Plague in India, 1896, 1897 - Volume 1
Year: 1896
Disease focus: Plague
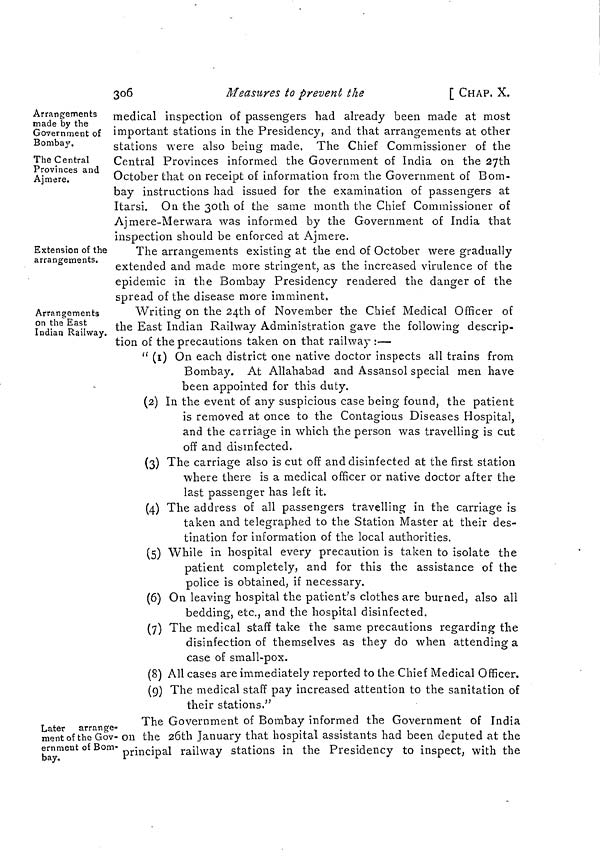
3o6
Measures to prevent the
[ CHAP, X.
Arrangements
made by the
Government of
Bombay.
The Central
Provinces and
Ajmere.
medical inspection of passengers had already been made at most
important stations in the Presidency, and that arrangements at other
stations were also being made, The Chief Commissioner of the
Central Provinces informed the Government of India 011 the 27th
October that on receipt of information from the Government of Bom-
bay instructions had issued for the examination of passengers at
Itarsi. On the 30th of the same month the Chief Commissioner of
Ajmere-Merwara was informed by the Government of India that
inspection should be enforced at Ajmere.
Extension of the
arrangements.
The arrangements existing at the end of October were gradually
extended and made more stringent, as the increased virulence of the
epidemic in the Bombay Presidency rendered the danger of the
spread of the disease more imminent.
Arrangements
on the East
Indian Railway.
Writing on the 24th of November the Chief Medical Officer of
the East Indian Railway Administration gave the following descrip-
tion of the precautions taken on that railway :—
" (1) On each district one native doctor inspects all trains from
Bombay. At Allahabad and Assansol special men have
been appointed for this duty.
(2) In the event of any suspicious case being found, the patient
is removed at once to the Contagious Diseases Hospital,
and the carriage in which the person was travelling is cut
off and disinfected.
(3) The carriage also is cut off and disinfected at the first station
where there is a medical officer or native doctor after the
last passenger has left it.
(4) The address of all passengers travelling in the carriage is
taken and telegraphed to the Station Master at their des-
tination for information of the local authorities.
(5) While in hospital every precaution is taken to isolate the
patient completely, and for this the assistance of the
police is obtained, if necessary.
(5) On leaving hospital the patient's clothes are burned, also all
bedding, etc., and the hospital disinfected.
(7) The medical staff take the same precautions regarding the
disinfection of themselves as they do when attending a
case of small-pox.
(8) All cases are immediately reported to the Chief Medical Officer.
(9) The medical staff pay increased attention to the sanitation of
their stations."
Later arrange-
ment of the Gov-
ernment of Bom-
bay.
The Government of Bombay informed the Government of India
on the 26th January that hospital assistants had been deputed at the
principal railway stations in the Presidency to inspect, with the